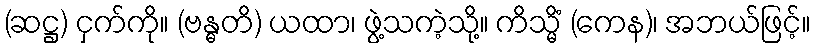
(ဆဋ္ဌ) ငှက်ကို။ (ဗန္ဓတိ) ယထာ၊ ဖွဲ့သကဲ့သို့။ ကိသ္မိံ (ကေန)၊ အဘယ်ဖြင့်။